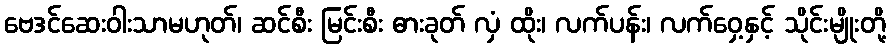
ဗေဒင်ဆေးဝါးသာမဟုတ်၊ ဆင်စီး မြင်းစီး ဓားခုတ် လှံ ထိုး၊ လက်ပန်း၊ လက်ဝှေ့နှင့် သိုင်းမျိုးတို့